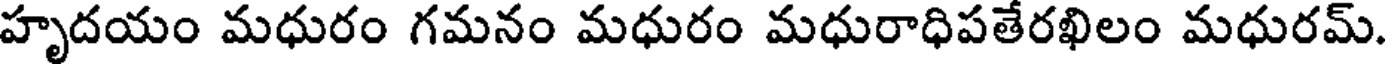
హృదయం మధురం గమనం మధురం మధురాధిపతేరఖిలం మధురమ్.